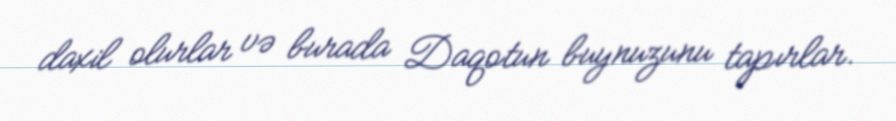
daxil olurlar və burada Daqotun buynuzunu tapırlar.